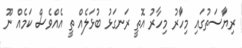
ރިޔާަސަތުގައި މިހާަރު މިހާރު އޮތީ ރަނގަޅު ބުޅަލެއް ތީ އެއްވެސް ކަމެއް ނޫ